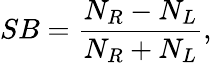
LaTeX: SB=\frac{N_{R}-N_{L}}{N_{R}+N_{L}},